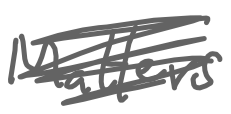
Text: Matters
Cross-out: scratch
Writing tool: digital_gray